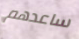
ساعدهم